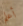
أعلم